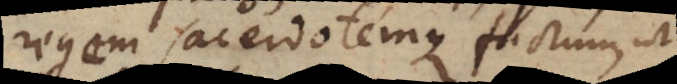
regem sacerdotemque factum, ut